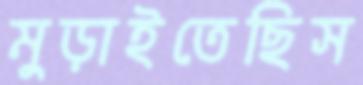
মুড়াইতেছিস